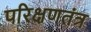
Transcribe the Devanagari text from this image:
परिक्षणतंत्र